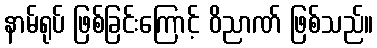
နာမ်ရုပ် ဖြစ်ခြင်းကြောင့် ဝိညာဏ် ဖြစ်သည်။